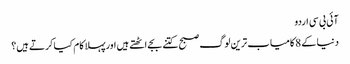
آئی بی سی اردو
دنیا کے 8 کامیاب ترین لوگ صبح کتنے بجے اٹھتے ہیں اورپہلا کام کیا کرتے ہیں؟